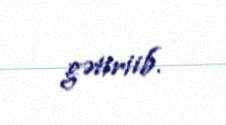
gətiriib.